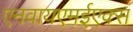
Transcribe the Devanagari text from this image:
एनवायएमईएक्स